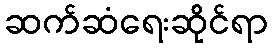
ဆက်ဆံရေးဆိုင်ရာ